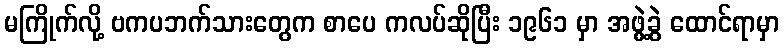
မကြိုက်လို့ ဗကပဘက်သားတွေက စာပေ ကလပ်ဆိုပြီး ၁၉၆၁ မှာ အဖွဲ့ခွဲ ထောင်ရာမှာ